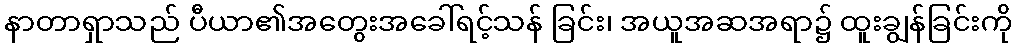
နာတာရှာသည် ပီယာ၏အတွေးအခေါ်ရင့်သန် ခြင်း၊ အယူအဆအရာ၌ ထူးချွန်ခြင်းကို